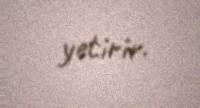
yetirir.